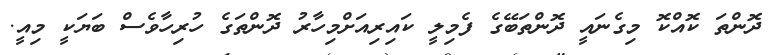
ދޮންތަ ކޮއްކޮ މިގެނައީ ދޮންތަބޭގެ ފެމިލީ ކައިރިއަށްމިހާރު ދޮންތަގެ ހުރިހާވެސް ބަޔަކީ މިއީ.